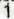
1